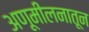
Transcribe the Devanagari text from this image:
अणूमीलनातून